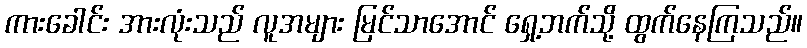
ကားခေါင်း အားလုံးသည် လူအများ မြင်သာအောင် ရှေ့ဘက်သို့ ထွက်နေကြသည်။